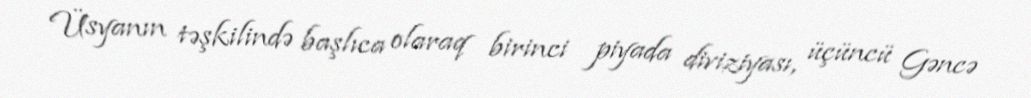
Üsyanın təşkilində başlıca olaraq birinci piyada diviziyası, üçüncü Gəncə